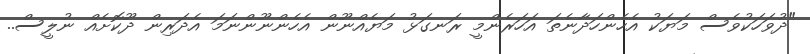
"ދުވަހަކުވެސް މަޔަކު އެހެންހަދާނެތަ އަހަރެންމީ ރަނގަޅު މަޔެއްނޫން އެހެންނޫންނަމަ އެދަރިން ދޫކޮށެއް ނުލީސް..